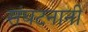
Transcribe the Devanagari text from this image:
संघटनानी